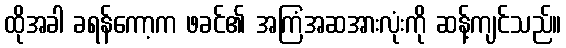
ထိုအခါ ခရန်ကော့က ဖခင်၏ အကြံအဆအားလုံးကို ဆန့်ကျင်သည်။